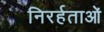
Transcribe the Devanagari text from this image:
निरर्हताओं